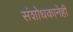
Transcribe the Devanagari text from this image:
संशोधकानेही